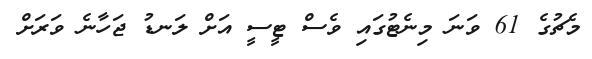
މެޗުގެ 61 ވަނަ މިނެޓުގައި ވެސް ޓީސީ އަށް ލަނޑު ޖަހާނެ ވަރަށް